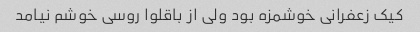
کیک زعفرانی خوشمزه بود ولی از باقلوا روسی خوشم نیامد